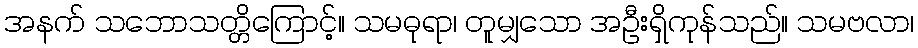
အနက် သဘောသတ္တိကြောင့်။ သမဓုရာ၊ တူမျှသော အဦးရှိကုန်သည်။ သမဗလာ၊